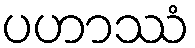
ပဟာဿံ